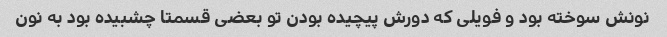
نونش سوخته بود و فویلی که دورش پیچیده بودن تو بعضی قسمتا چشبیده بود به نون